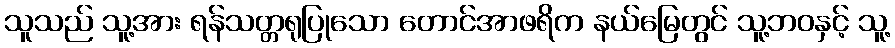
သူသည် သူ့အား ရန်သတ္တရုပြုသော တောင်အာဖရိက နယ်မြေတွင် သူ့ဘဝနှင့် သူ့